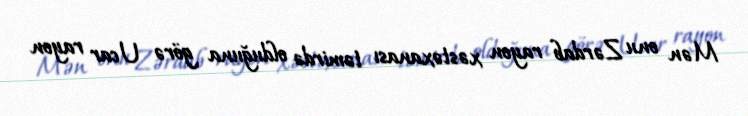
Mən onu Zərdab rayon xəstəxanası təmirdə olduğuna görə Ucar rayon